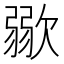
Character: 𱤹